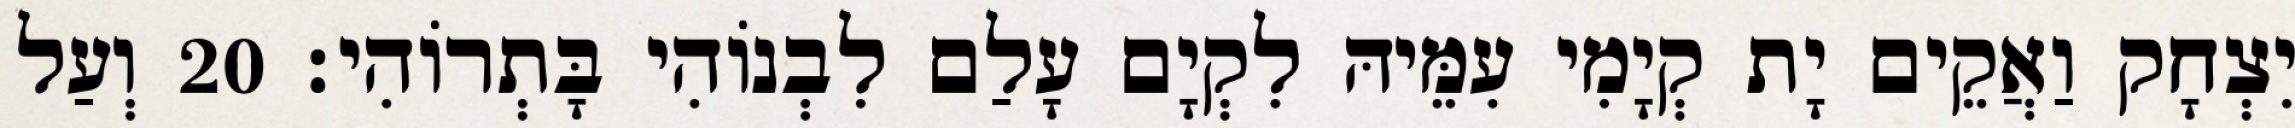
יִצְחָק וַאֲקֵים יָת קְיָמִי עִמֵּיהּ לִקְיָם עָלַם לִבְנוֹהִי בָּתְרוֹהִי׃ 20 וְעַל